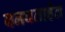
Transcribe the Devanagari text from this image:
बनवताहेत